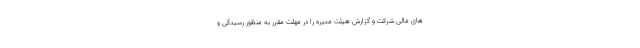
های مالی شرکت و گزارش هیئت مدیره را در مهلت مقرر به منظور رسیدگی و